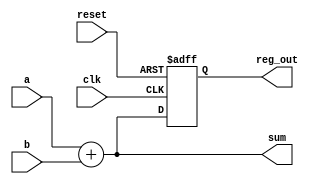
module comb_seq_logic (
    input wire clk,          // Clock signal
    input wire reset,        // Asynchronous reset signal
    input wire [3:0] a,      // 4-bit input
    input wire [3:0] b,      // 4-bit input
    output reg [3:0] sum,     // 4-bit output for sum (combinational)
    output reg [3:0] reg_out  // 4-bit output for registered value (sequential)
);

// Combinational logic: Sum of two inputs
always @* begin
    sum = a + b; // Continuous assignment based on inputs a and b
end

// Sequential logic: Register output on rising edge of clk
always @(posedge clk or posedge reset) begin
    if (reset) begin
        reg_out <= 4'b0000; // Reset the register output to 0
    end else begin
        reg_out <= sum; // Store the sum in the register on clock edge
    end
end

endmodule